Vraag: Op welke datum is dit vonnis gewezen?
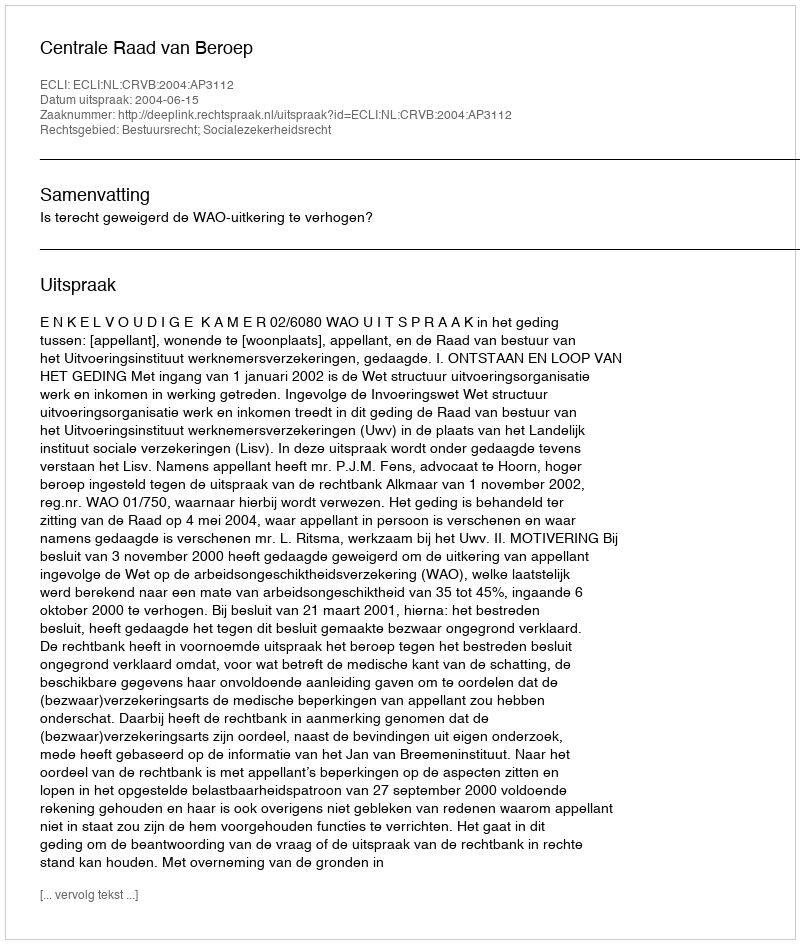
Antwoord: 2004-06-15